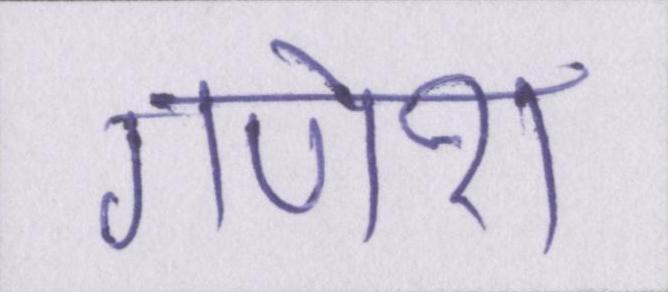
गणेश